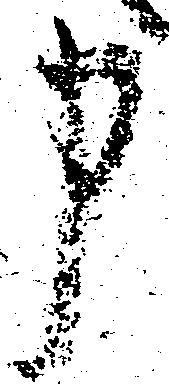
申